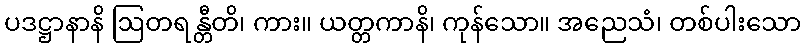
ပဒဋ္ဌာနာနိ ဩတရန္တီတိ၊ ကား။ ယတ္တကာနိ၊ ကုန်သော။ အညေသံ၊ တစ်ပါးသော